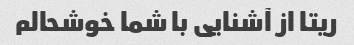
ریتا از آشنایی با شما خوشحالم